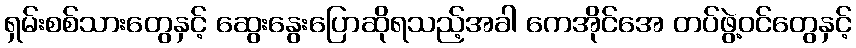
ရှမ်းစစ်သားတွေနှင့် ဆွေးနွေးပြောဆိုရသည့်အခါ ကေအိုင်အေ တပ်ဖွဲ့ဝင်တွေနှင့်